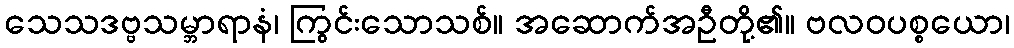
သေသဒဗ္ဗသမ္ဘာရာနံ၊ ကြွင်းသောသစ်။ အဆောက်အဦတို့၏။ ဗလဝပစ္စယော၊